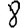
Digit: 8